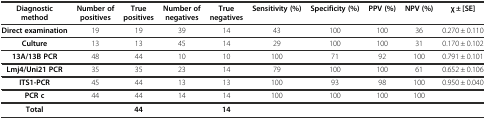
| Diagnostic method | Number of positives | True positives | Number of negatives | True negatives | Sensitivity (%) | Specificity (%) | PPV (%) | NPV (%) | χ ± [SE] |
 | --- | --- | --- | --- | --- | --- | --- | --- | --- | --- |
 | Direct examination | 19 | 19 | 39 | 14 | 43 | 100 | 100 | 36 | 0.270 ± 0.110 |
 | Culture | 13 | 13 | 45 | 14 | 29 | 100 | 100 | 31 | 0.170 ± 0.102 |
 | 13A/13B PCR | 48 | 44 | 10 | 10 | 100 | 71 | 92 | 100 | 0.791 ± 0.101 |
 | Lmj4/Uni21 PCR | 35 | 35 | 23 | 14 | 79 | 100 | 100 | 61 | 0.652 ± 0.106 |
 | ITS1-PCR | 45 | 44 | 13 | 13 | 100 | 93 | 98 | 100 | 0.950 ± 0.040 |
 | PCR c | 44 | 44 | 14 | 14 | 100 | 100 | 100 | 100 |  |
 | Total |  | 44 |  | 14 |  |  |  |  |  |